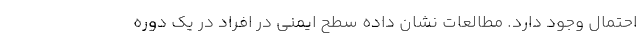
احتمال وجود دارد. مطالعات نشان داده سطح ایمنی در افراد در یک دوره